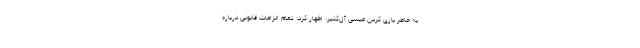
به خاطر بازی کردن عیسی آل‌کثیر، اظهار کرد: تمام الزامات قانونی درباره